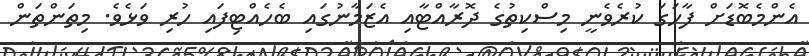
އެންމެބޮޑަށް ފާހަގަ ކުރެވެނީ މިސްކިތުގެ ދޮރާއްޓާއި އެޒަމާނުގައި ބެހެއްޓިފައި ހުރި ވަޅެވެ. މިތަންތަން